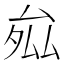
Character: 𭆝